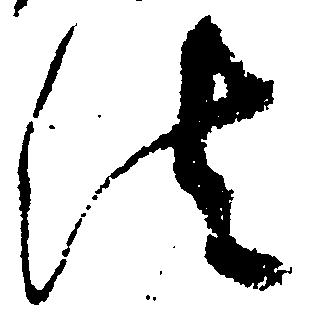
法